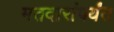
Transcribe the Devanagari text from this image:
मतदारांपर्यंत